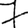
Digit: 7